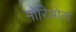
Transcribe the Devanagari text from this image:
मोरिओता